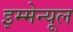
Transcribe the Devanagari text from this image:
इम्मेन्यूल